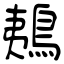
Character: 鴺